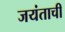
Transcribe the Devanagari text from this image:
जयंताची